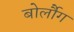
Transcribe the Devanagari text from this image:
बोर्लौग